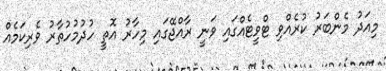
މިއަދު މެންބަރު ކުރެއްވި ޓްވީޓެއްގައި ވަނީ ރާއްޖޭގައި މިހާރު އޮތީ ހުދުމުހުތާރު ވެރިިކަމެއް